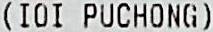
(IOI PUCHONG)